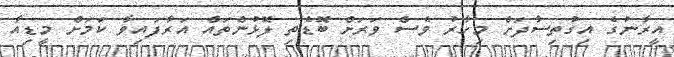
އީރާނުގެ އިގުތިސާދަށް މިހާރު ވެސް ވަރަށް ބޮޑެތި ލޮޅުންތައް އަރާފައިވާ ކަމަށް މީޑިއާ